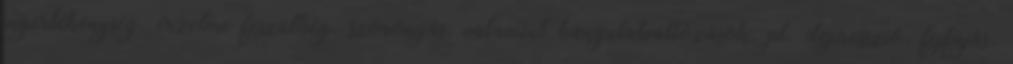
ingerlékenység, érzelmi feszültség, szorongás, valamint hangulatváltozások, pl. depresszió, fejfájás,